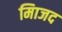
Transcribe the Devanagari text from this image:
मािजद